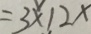
= 3 \times 1 2 x